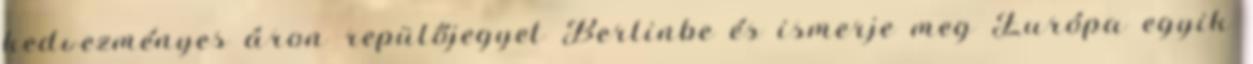
kedvezményes áron repülőjegyet Berlinbe és ismerje meg Európa egyik